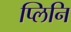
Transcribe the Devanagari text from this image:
प्लिनि